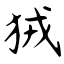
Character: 狨